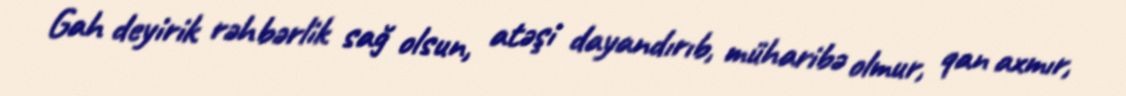
Gah deyirik rəhbərlik sağ olsun, atəşi dayandırıb, müharibə olmur, qan axmır,